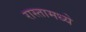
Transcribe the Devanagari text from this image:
रास्तामध्ये